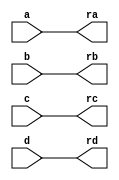
`timescale 1ns / 1ps
//////////////////////////////////////////////////////////////////////////////////
// Company: 
// Engineer: 
// 
// Design Name: 
// Module Name:    sort4 
// Project Name: 
// Target Devices: 
// Tool versions: 
// Description: 
//
// Dependencies: 
//
// Revision: 
// Revision 0.01 - File Created
// Additional Comments: 
//
//////////////////////////////////////////////////////////////////////////////////
module sort4(a,b,c,d,ra,rb,rc,rd
    );
	input [3:0] a,b,c,d;
	output [3:0] ra,rb,rc,rd;
	reg [3:0] ra,rb,rc,rd;
	reg [3:0] va,vb,vc,vd;
	
	always @ (a,b,c,d)
		begin
			{va,vb,vc,vd} = {a,b,c,d};
			sort2(va,vb);
			sort2(va,vc);
			sort2(va,vd);
			sort2(vb,vc);
			sort2(vb,vd);
			sort2(vc,vd);
			{ra,rb,rc,rd} = {va,vb,vc,vd};
		end
		
	task sort2;
		inout [3:0] x,y;
		reg [3:0] tmp;
		if(x>y)
			begin
				tmp = x;
				x = y;
				y = tmp;
			end
	endtask
		
endmodule